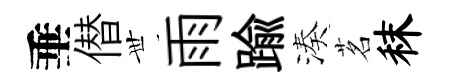
垂僣𠀍雨踰湊茗秣